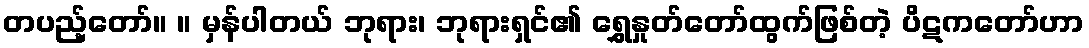
တပည့်တော်။ ။ မှန်ပါတယ် ဘုရား၊ ဘုရားရှင်၏ ရွှေနှုတ်တော်ထွက်ဖြစ်တဲ့ ပိဋကတော်ဟာ